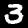
Label: 3